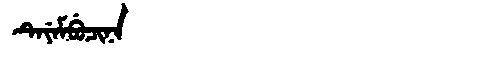
Manchu: ᡨᡝᠶᡝᠮᠪᡠᠴᡳᠨᠠ
Romanization: TEYEMBUCINA